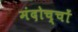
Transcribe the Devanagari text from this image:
मंदोच्चों